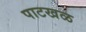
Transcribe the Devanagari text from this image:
पाटखळ